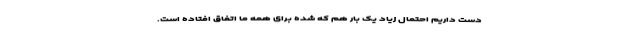
دست داریم احتمال زیاد یک بار هم که شده برای همه ما اتفاق افتاده است.